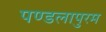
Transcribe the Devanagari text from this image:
पण्डलापुरम